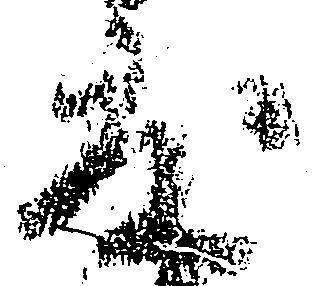
度